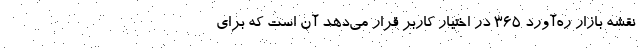
نقشه بازار ره‌آورد 365 در اختیار کاربر قرار می‌دهد آن است که برای